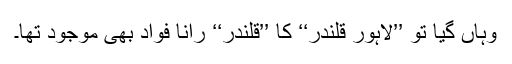
وہاں گیا تو ’’لاہور قلندر‘‘ کا ’’قلندر‘‘ رانا فواد بھی موجود تھا۔